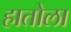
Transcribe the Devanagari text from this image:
हातोला